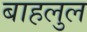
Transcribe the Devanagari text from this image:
बाहलुल